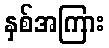
နှစ်အကြား